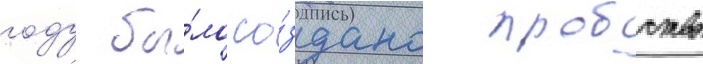
году бы́ло со́здано пробство